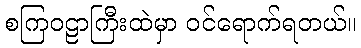
စကြဝဠာကြီးထဲမှာ ဝင်ရောက်ရတယ်။